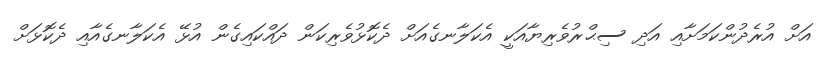
އަށް އުރެދުންކަމަށާއި އަދި ސިޙްރުވެރިޔާއަކީ އެކަލާނގެއަށް ދެކޮޅުވެރިކަން ދައްކައިގެން އުޅޭ އެކަލާނގެއާއި ދެކޮޅަށް